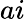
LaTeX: ai